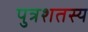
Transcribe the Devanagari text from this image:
पुत्रशतस्य